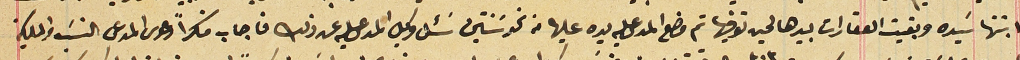
ابنتها سَيده وبقيت العقارات بيدها لحين توفيها تم وضع المدعى عليه يده عليها من نحو سَنتين سَئل وكيل المدعى عليه عن ذلك فاجاب منكراً دعوى المدعى النسَب فى الملكية